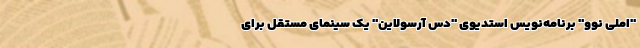
"املی نوو" برنامه‌نویس استدیوی "دس آرسولاین" یک سینمای مستقل برای